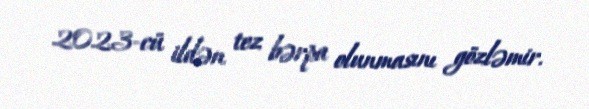
2023-cü ildən tez bərpa olunmasını gözləmir.